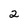
Character: 2